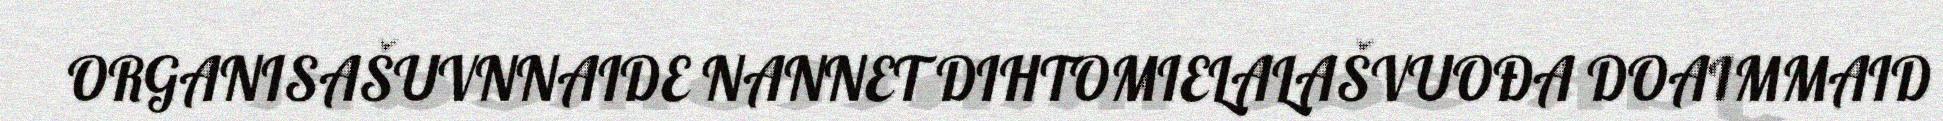
ORGANISAŠUVNNAIDE NANNET DIHTOMIELALAŠVUOĐA DOAIMMAID